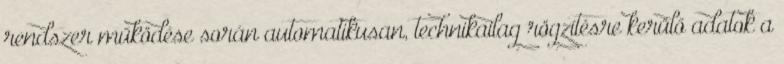
rendszer működése során automatikusan, technikailag rögzítésre kerülő adatok a